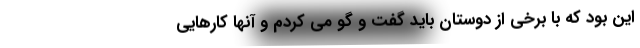
این بود که با برخی از دوستان باید گفت و گو می کردم و آنها کارهایی